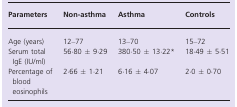
| Parameters | Non-asthma | Asthma | Controls |
 | --- | --- | --- | --- |
 | Age (years) | 12–77 | 13–70 | 15–72 |
 | Serum total IgE (IU/ml) | 56·80 ± 9·29 | 380·50 ± 13·22* | 18·49 ± 5·51 |
 | Percentage of blood eosinophils | 2·66 ± 1·21 | 6·16 ± 4·07 | 2·0 ± 0·70 |